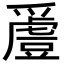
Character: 𬋵